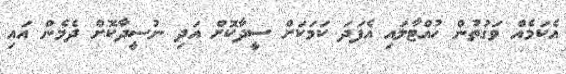
އެކަމެއް ވަގުތުން ހުއްޓާލައި އެފަދަ ކަމަކަށް ސީދާކޮށް އަދި ނުސީދާކޮށް ދެމެން އައި